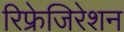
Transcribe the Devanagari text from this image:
रिफ्रेजिरेशन